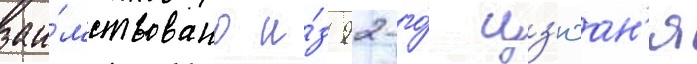
заи́мствовано и́з 92-го́ цз'юан'я